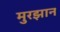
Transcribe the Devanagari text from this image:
मुरझान